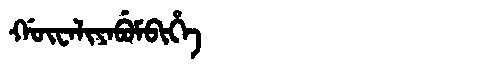
Manchu: ᡤᡡᠸᠠᠯᡳᠶᠠᠪᡠᠮᠪᡳᡥᡝ
Romanization: GŪWALIYABUMBIHE